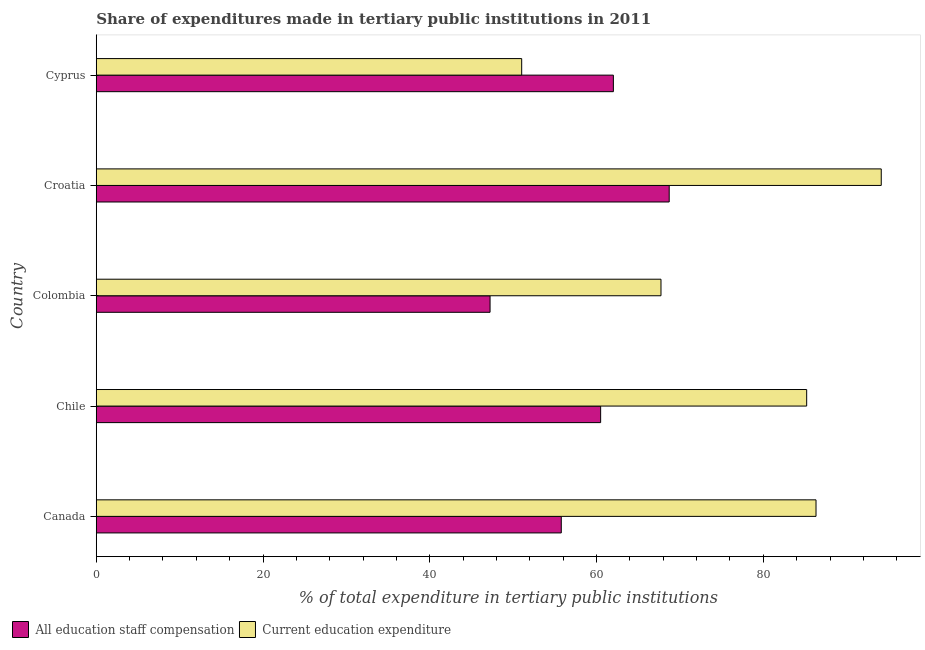
| Country | All education staff compensation | Current education expenditure |
 | --- | --- | --- |
 | Canada | 55.8 | 86.3 |
 | Chile | 60.5 | 85.2 |
 | Colombia | 47.2 | 67.7 |
 | Croatia | 68.7 | 94.1 |
 | Cyprus | 62 | 51 |